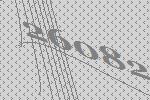
26082